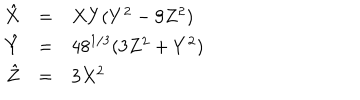
LaTeX: \begin{array} { r c l } { { \hat { X } } } & { { = } } & { { X Y ( Y ^ { 2 } - 9 Z ^ { 2 } ) } } \\ { { \hat { Y } } } & { { = } } & { { 4 8 ^ { 1 / 3 } ( 3 Z ^ { 2 } + Y ^ { 2 } ) } } \\ { { \hat { Z } } } & { { = } } & { { 3 X ^ { 2 } } } \\ \end{array}